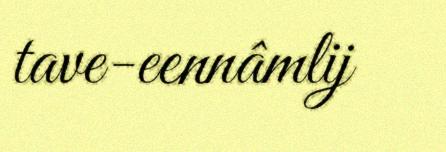
tave-eennâmlij